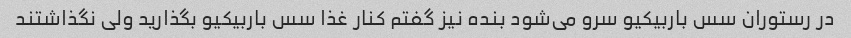
در رستوران سس باربیکیو سرو می‌شود بنده نیز گفتم کنار غذا سس باربیکیو بگذارید ولی نگذاشتند